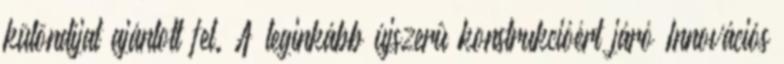
különdíjat ajánlott fel. A leginkább újszerû konstrukcióért járó Innovációs